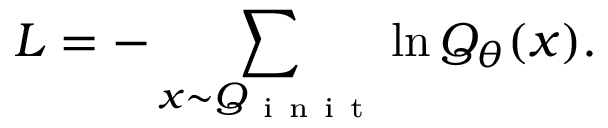
L = - \sum _ { x \sim Q _ { \mathrm { ~ i ~ n ~ i ~ t ~ } } } \ln Q _ { \theta } ( x ) .